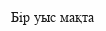
Бір уыс мақта